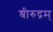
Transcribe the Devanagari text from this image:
श्रीरुद्रम्